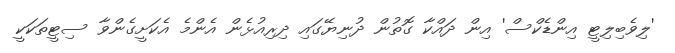
'ލިވެބިލިޓީ އިންޑެކްސް' އިން ދައްކާ ގޮތުން ދުނިޔޭގައި ދިރިއުޅެން އެންމެ އެކަށީގެންވާ ސިޓީތަކަކީ